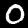
Label: 0